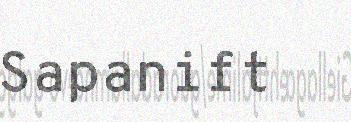
Sapanift